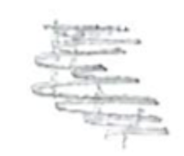
Text: 15,
Cross-out: scratch
Writing tool: pencil